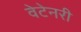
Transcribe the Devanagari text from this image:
वेटेनरी